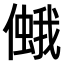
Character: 𠏃